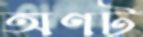
অণট